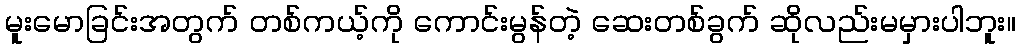
မူးမောခြင်းအတွက် တစ်ကယ့်ကို ကောင်းမွန်တဲ့ ဆေးတစ်ခွက် ဆိုလည်းမမှားပါဘူး။